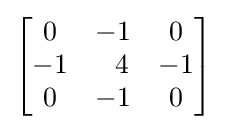
{\begin{bmatrix}0&-1&0\\-1&\ \ 4&-1\\0&-1&0\end{bmatrix}}